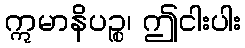
ဣမာနိပဉ္စ၊ ဤငါးပါး